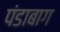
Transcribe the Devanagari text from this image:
पंडाबाग